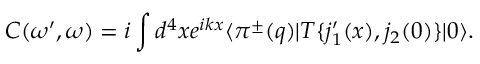
C ( \omega ^ { \prime } , \omega ) = i \int d ^ { 4 } x e ^ { i k x } \langle \pi ^ { \pm } ( q ) | T \{ j _ { 1 } ^ { \prime } ( x ) , j _ { 2 } ( 0 ) \} | 0 \rangle .